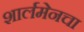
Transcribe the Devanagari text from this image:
शार्लमेनचा